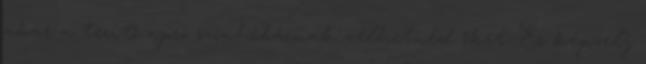
akár a terítő apró színhibáinak vélhetnéd őket. És képzelj